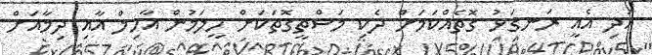
އަދި އެއީ ރަނގަޅު ގޮތެއްކަމަށް ދެކި މަސްތީގޮތަކަށް ހީލަމުން އާހިލް އާއި ދިމާއަށް